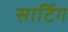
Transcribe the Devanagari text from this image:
सार्टिग